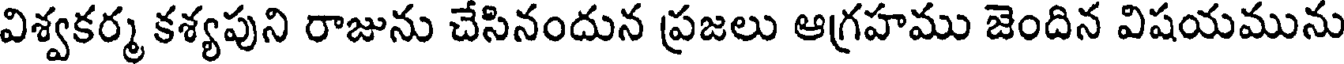
విశ్వకర్మ కశ్యపుని రాజును చేసినందున ప్రజలు ఆగ్రహము జెందిన విషయమును